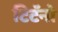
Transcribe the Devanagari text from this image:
टिटॅनो